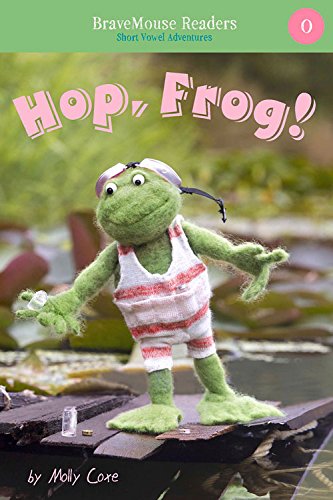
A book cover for Hop, Frog!: Short Vowel Adventures (BraveMouse Readers); Molly Coxe; Children's Books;